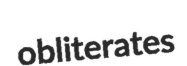
obliterates